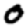
Digit: 0